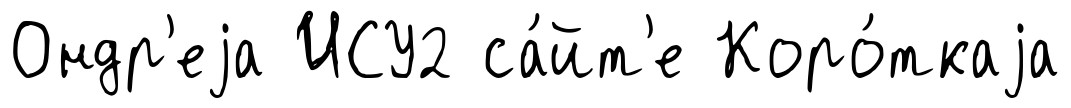
Ондр'еjа ИСУ2 са́йт'е Коро́ткаjа